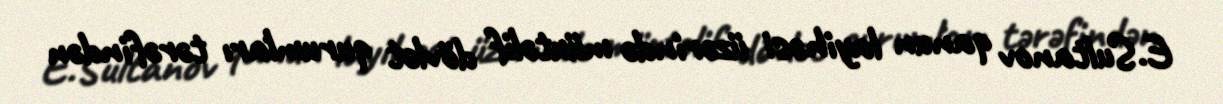
E.Sultanov qanun layihəsi üzərində müxtəlif dövlət qurumları tərəfindən